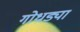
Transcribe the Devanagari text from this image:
गोधड्या